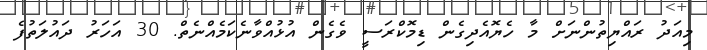
މިއަދު ރައްޔިތުންނަށް މާ ހެޔޮއެދިގެން ޑިމޮކްރަސީ ވެގެން އުޅުއްވާނެކަމެއްނެތް. 30 އަހަރު ދައުލަތުފެ